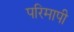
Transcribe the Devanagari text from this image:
परिमापी